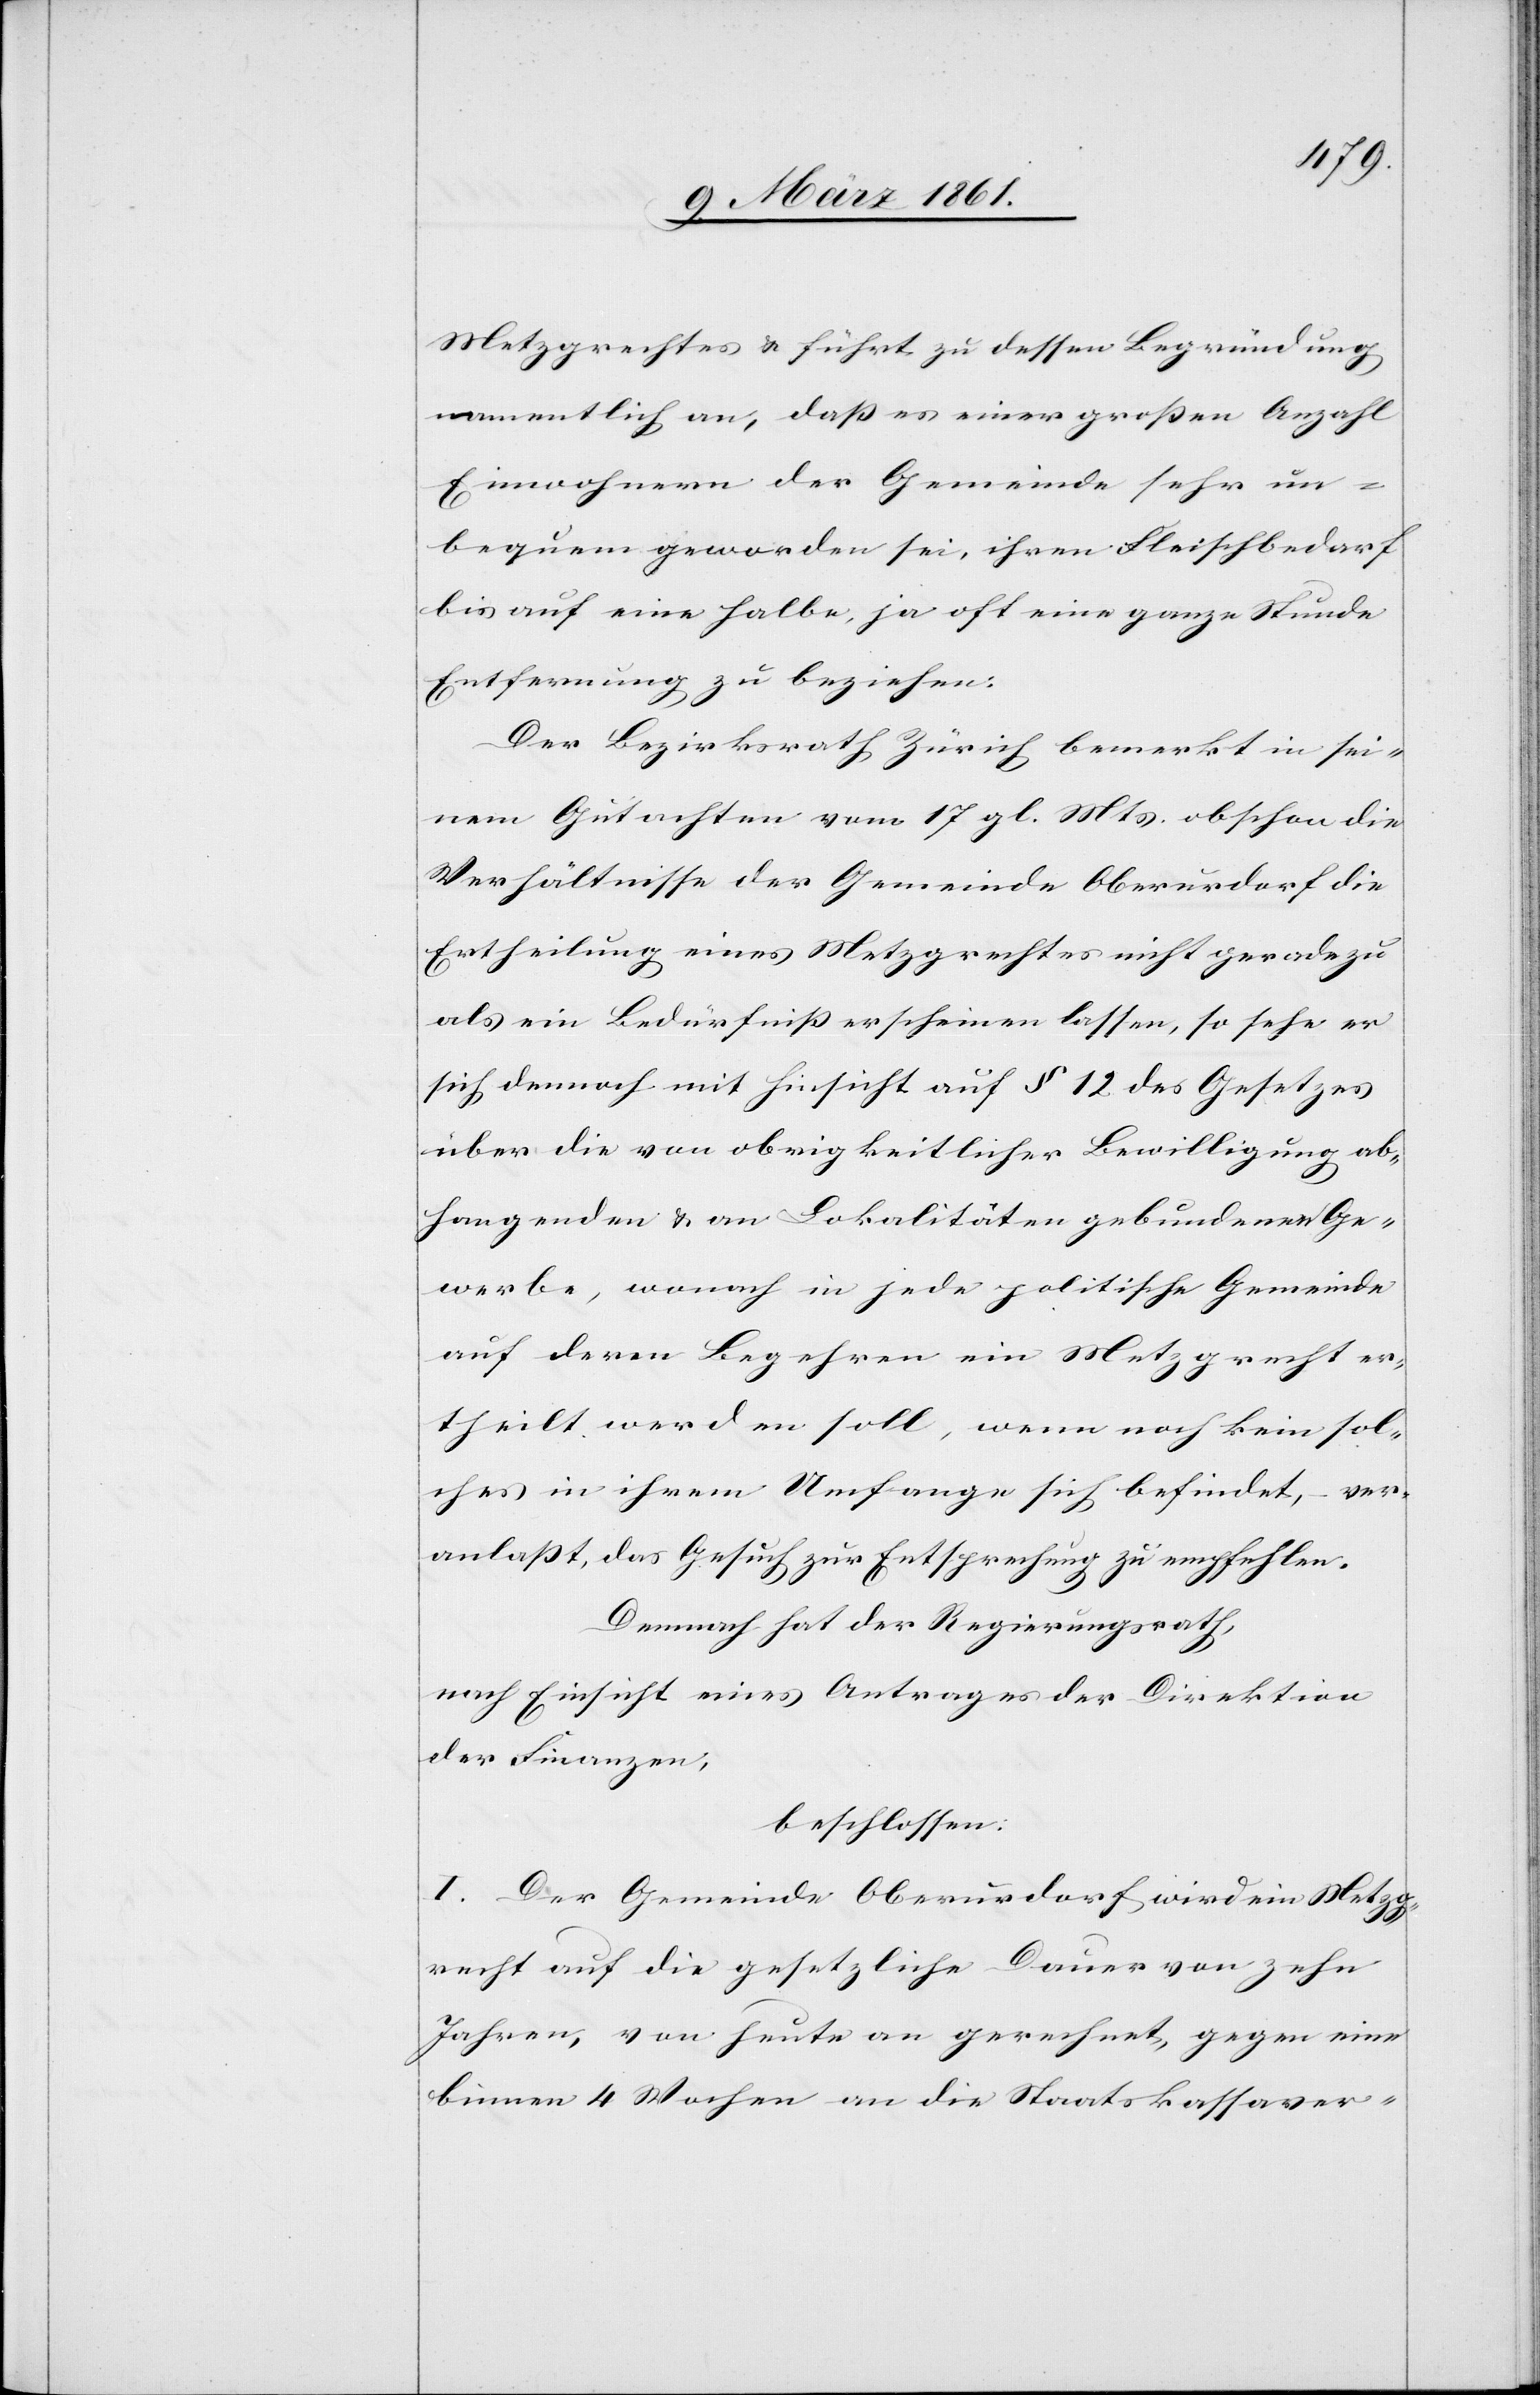
Metzgrechtes u. führt zu dessen Begründung
namentlich an, dass es einer grossen Anzahl
Einwohnern der Gemeinde sehr un¬
bequem geworden sei, ihren Fleischbedarf
bis auf eine halbe, ja oft eine ganze Stunde
Entfernung zu beziehen.
Der Bezirksrath Zürich bemerkt in sei¬
nem Gutachten vom 17 gl. Mts. obschon die
Verhältnisse der Gemeinde Oberurdorf die
Ertheilung eines Metzgrechtes nicht geradezu
als ein Bedürfniss erscheinen lassen, so sehe er
sich dennoch mit Hinsicht auf § 12 des Gesetzes
über die von obrigkeitlicher Bewilligung ab¬
hangenden u. an Lokalitäten gebundene Ge¬
werbe, wonach in jede politische Gemeinde
auf deren Begehren ein Metzgrecht er¬
theilt werden soll, wenn noch kein sol¬
ches in ihrem Umfange sich befindet, ver¬
anlasst, das Gesuch zur Entsprechung zu empfehlen.
Demnach hat der Regierungsrath,
nach Einsicht eines Antrages der Direktion
der Finanzen,
beschlossen:
I. Der Gemeinde Oberurdorf wird ein Metzg¬
recht auf die gesetzliche Dauer von zehn
Jahren, von heute an gerechnet, gegen eine
binnen 4 Wochen an die Staatskassaver-